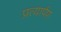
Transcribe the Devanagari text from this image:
प्रत्‍यार्पण